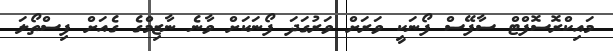
މައިކްރޮސޮފްޓް ސާފޭސް ފޯނަކީ ވަރަށް ވަރުގަދަ ފޯނަކަށް ވާނެ ނާޒިމްގެ ގެއަށް ފިސްތޯލަ